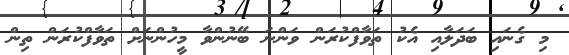
މި ގެނައި ބަދަލާއި އެކު ތަވާފްކުރަން ވަންނަ ބޭނުންވާ މީހުންނަށް ތަވާފްކުރަން ތިން